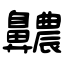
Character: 齈